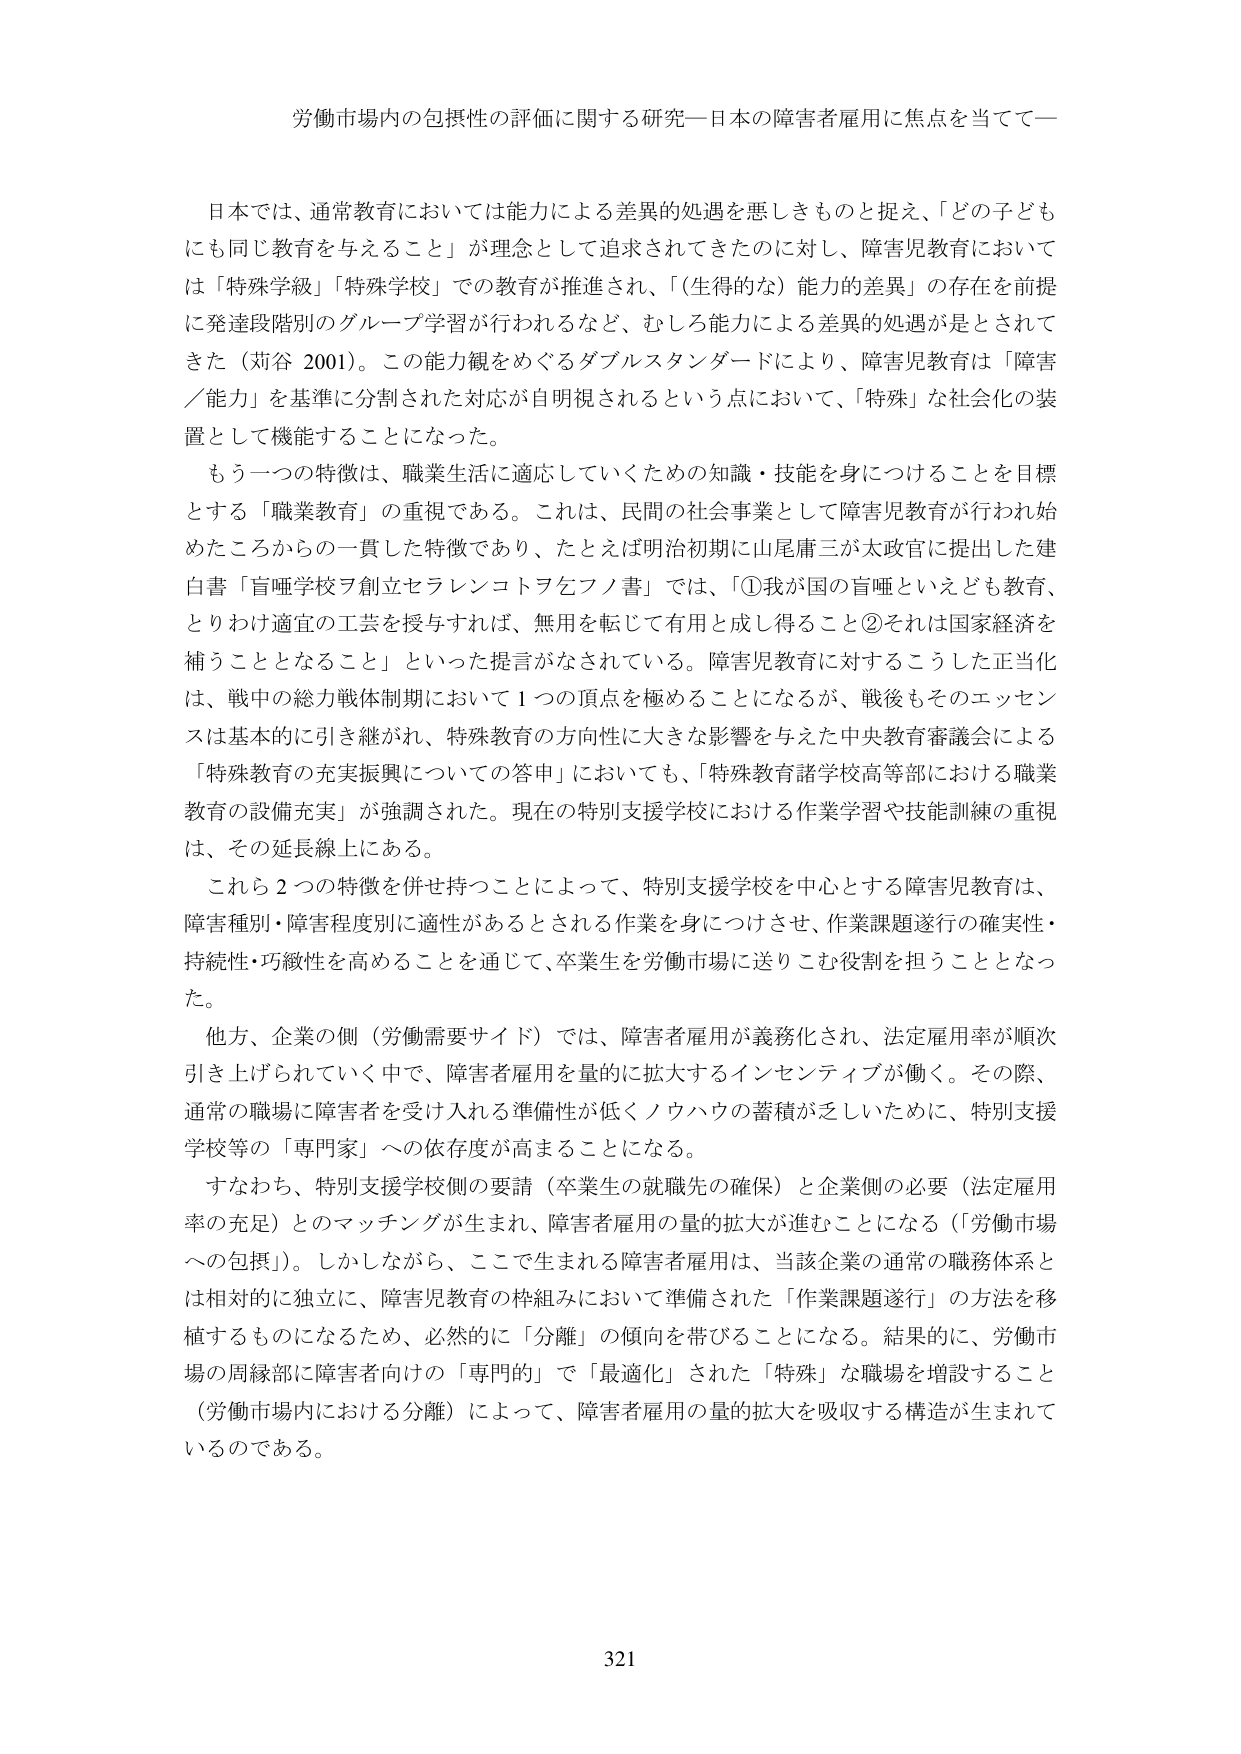
労働市場内の包摂性の評価に関する研究―日本の障害者雇用に焦点を当てて―

日本では、通常教育においては能力による差異的処遇を悪しきものと捉え、「どの子どもにも同じ教育を与えること」が理念として追求されてきたのに対し、障害児教育においては「特殊学級」「特殊学校」での教育が推進され、「（生得的な）能力の差異」の存在を前提に発達段階別のグループ学習が行われるなど、むしろ能力による差異的処遇が是とされてきた（苅谷 2001）。この能力観をめぐるダブルスタンダードにより、障害児教育は「障害／能力」を基準に分割された対応が自明視されるという点において、「特殊」な社会化の装置として機能することになった。

もう一つの特徴は、職業生活に適応していくための知識・技能を身につけることを目標とする「職業教育」の重視である。これは、民間の社会事業として障害児教育が行われ始めたころからの一貫した特徴であり、たとえば明治初期に山尾庸三が太政官に提出した建白書「盲唖学校ヲ創立セラレンコトラ乞フノ書」では、「①我が国の盲唖といえども教育、とりわけ適宜の工芸を授与すれば、無用を転じて有用と成し得ること②それは国家経済を補うこととなること」といった提言がなされている。障害児教育に対するこうした正当化は、戦中の総力戦体制期において１つの頂点を極めることになるが、戦後もそのエッセンスは基本的に引き継がれ、特殊教育の方向性に大きな影響を与えた中央教育審議会による「特殊教育の充実振興についての答申」においても、「特殊教育諸学校高等部における職業教育の設備充実」が強調された。現在の特別支援学校における作業学習や技能訓練の重視は、その延長線上にある。

これら２つの特徴を併せ持つことによって、特別支援学校を中心とする障害児教育は、障害種別・障害程度別に適性があるとされる作業を身につけさせ、作業課題遂行の確実性・持続性・巧緻性を高めることを通じて、卒業生を労働市場に送りこむ役割を担うこととなった。

他方、企業の側（労働需要サイド）では、障害者雇用が義務化され、法定雇用率が順次引き上げられていく中で、障害者雇用を量的に拡大するインセンティブが働く。その際、通常の職場に障害者を受け入れる準備性が低くノウハウの蓄積が乏しいために、特別支援学校等の「専門家」への依存度が高まることになる。

すなわち、特別支援学校側の要請（卒業生の就職先の確保）と企業側の必要（法定雇用率の充足）とのマッチングが生まれ、障害者雇用の量的拡大が進むことになる（「労働市場への包摂」）。しかしながら、ここで生まれる障害者雇用は、当該企業の通常の職務体系とは相対的に独立に、障害児教育の枠組みにおいて準備された「作業課題遂行」の方法を移植するものになるため、必然的に「分離」の傾向を帯びることになる。結果的に、労働市場の周縁部に障害者向けの「専門的」で「最適化」された「特殊」な職場を増設すること（労働市場内における分離）によって、障害者雇用の量的拡大を吸収する構造が生まれているのである。

321